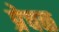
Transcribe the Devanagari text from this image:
प्रेचळ